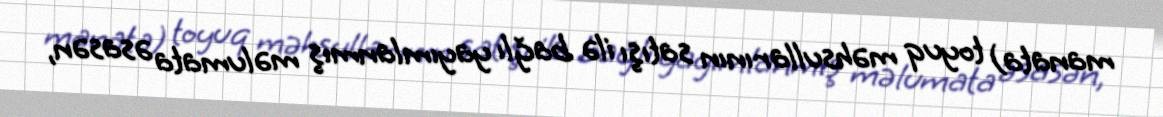
manata) toyuq məhsullarının satışı ilə bağlı yayımlanmış məlumata əsasən,